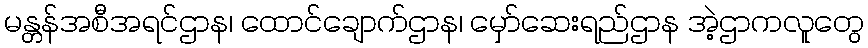
မန္တန်အစီအရင်ဌာန၊ ထောင်ချောက်ဌာန၊ မှော်ဆေးရည်ဌာန အဲ့ဌာကလူတွေ